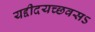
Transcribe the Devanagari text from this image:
यद्दीदयच्छवसऽ